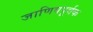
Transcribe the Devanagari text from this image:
जाणिवपूर्वक